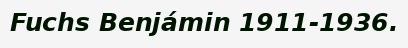
Fuchs Benjámin 1911-1936.